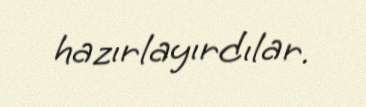
hazırlayırdılar.